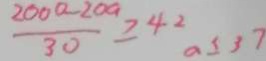
\frac { 2 0 0 0 - 2 0 0 } { 3 0 } \geq 4 2 a \geq 3 7